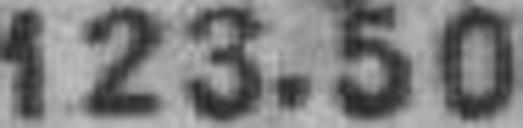
123.50